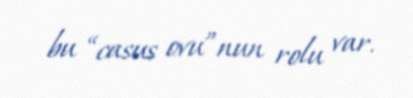
bu “casus ovu”nun rolu var.